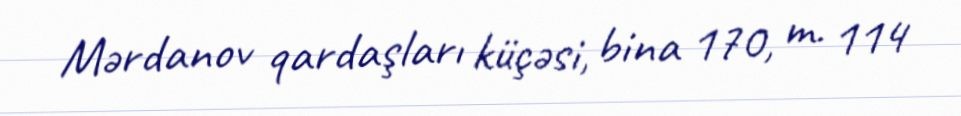
Mərdanov qardaşları küçəsi, bina 170, m. 114